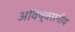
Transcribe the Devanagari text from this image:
अविष्वसनीय